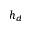
h _ { d }